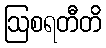
ဩစရတီတိ